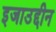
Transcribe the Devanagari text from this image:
इजाउद्दीन